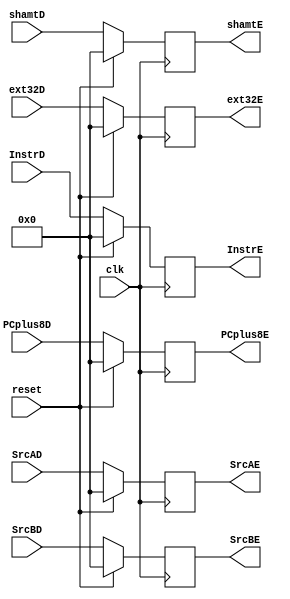
`timescale 1ns / 1ps
//////////////////////////////////////////////////////////////////////////////////
// Company: 
// Engineer: 
// 
// Design Name: 
// Module Name:    D_E_Reg 
// Project Name: 
// Target Devices: 
// Tool versions: 
// Description: 
//
// Dependencies: 
//
// Revision: 
// Revision 0.01 - File Created
// Additional Comments: 
//
//////////////////////////////////////////////////////////////////////////////////
module D_E_Reg(
    input [31:0] SrcAD,
    input [31:0] SrcBD,
    input [31:0] shamtD,
    input [31:0] ext32D,
    input [31:0] InstrD,
	 input [31:0] PCplus8D, 
	 input clk,
	 input reset,
    output reg [31:0] SrcAE,
    output reg [31:0] SrcBE,
    output reg [31:0] shamtE,
    output reg [31:0] ext32E,
    output reg [31:0] InstrE,
	 output reg [31:0] PCplus8E
    );
	
	/*initial begin
		SrcAE <= 0;
		SrcBE <= 0;
		shamtE <= 0;
		ext32E <= 0;
		InstrE <= 0;
		PCplus8E <= 0;
	end*/
	
	always@(posedge clk) begin
		if (reset) begin
			SrcAE <= 0;
			SrcBE <= 0;
			shamtE <= 0;
			ext32E <= 0;
			InstrE <= 0;
			PCplus8E <= 0;
		end
		else begin
			SrcAE <= SrcAD;
			SrcBE <= SrcBD;
			shamtE <= shamtD;
			ext32E <= ext32D;
			InstrE <= InstrD;;
			PCplus8E <= PCplus8D;
		end
	end
endmodule